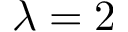
\lambda = 2